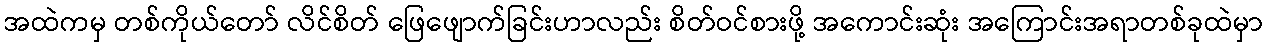
အထဲကမှ တစ်ကိုယ်တော် လိင်စိတ် ဖြေဖျောက်ခြင်းဟာလည်း စိတ်ဝင်စားဖို့ အကောင်းဆုံး အကြောင်းအရာတစ်ခုထဲမှာ